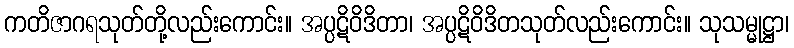
ကတိဇာဂရသုတ်တို့လည်းကောင်း။ အပ္ပဋိဝိဒိတာ၊ အပ္ပဋိဝိဒိတသုတ်လည်းကောင်း။ သုသမ္မုဋ္ဌာ၊